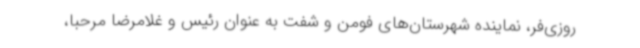
روزی‌فر، نماینده شهرستان‌های فومن و شفت به عنوان رئیس و غلامرضا مرحبا،